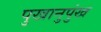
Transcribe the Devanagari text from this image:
पुखानुपुंख